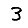
Digit: 3